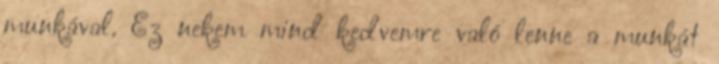
munkával. Ez nekem mind kedvemre való lenne a munkát